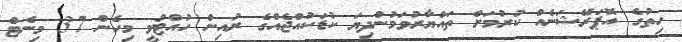
ހިތުގެ އޮޕަރޭޝަނެއް ކުރުމަށް ތައްޔާރުވަމުންދިޔަ ކުޑަކުއްޖެއްގެ ރުއިން ހުއްޓުވީ މިހެން 37 މިނެޓް